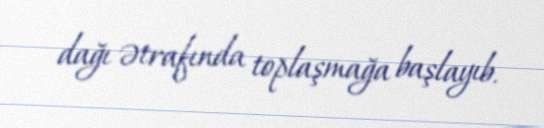
dağı ətrafında toplaşmağa başlayıb.